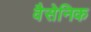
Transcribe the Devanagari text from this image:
वैसेनिक